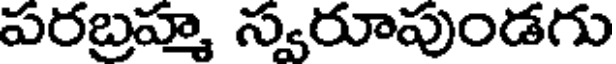
పరబ్రహ్మ స్వరూపుండగు